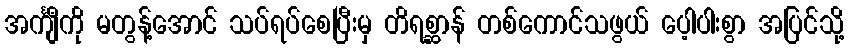
အင်္ကျီကို မတွန့်အောင် သပ်ရပ်စေပြီးမှ တိရစ္ဆာန် တစ်ကောင်သဖွယ် ပေ့ါပါးစွာ အပြင်သို့